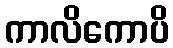
ကာလိကောပိ